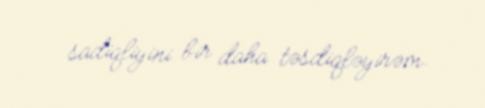
sadiqliyini bir daha təsdiqləyirəm.